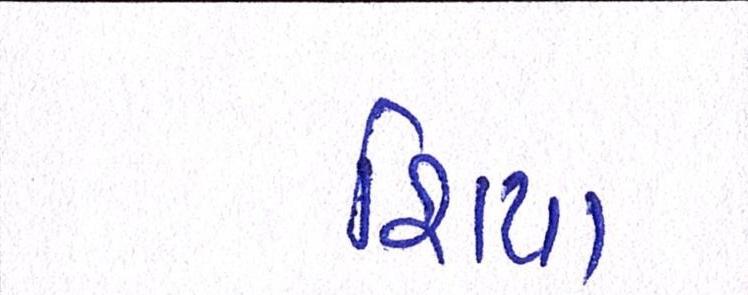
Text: શિયા